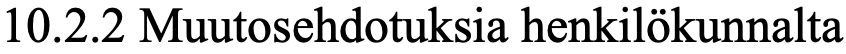
10.2.2 Muutosehdotuksia henkilökunnalta